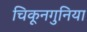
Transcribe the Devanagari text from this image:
चिकूनगुनिया